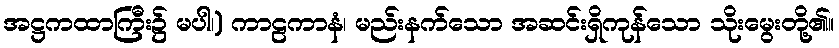
အဋ္ဌကထာကြီး၌ မပါ၊) ကာဠကာနံ၊ မည်းနက်သော အဆင်းရှိကုန်သော သိုးမွေးတို့၏။